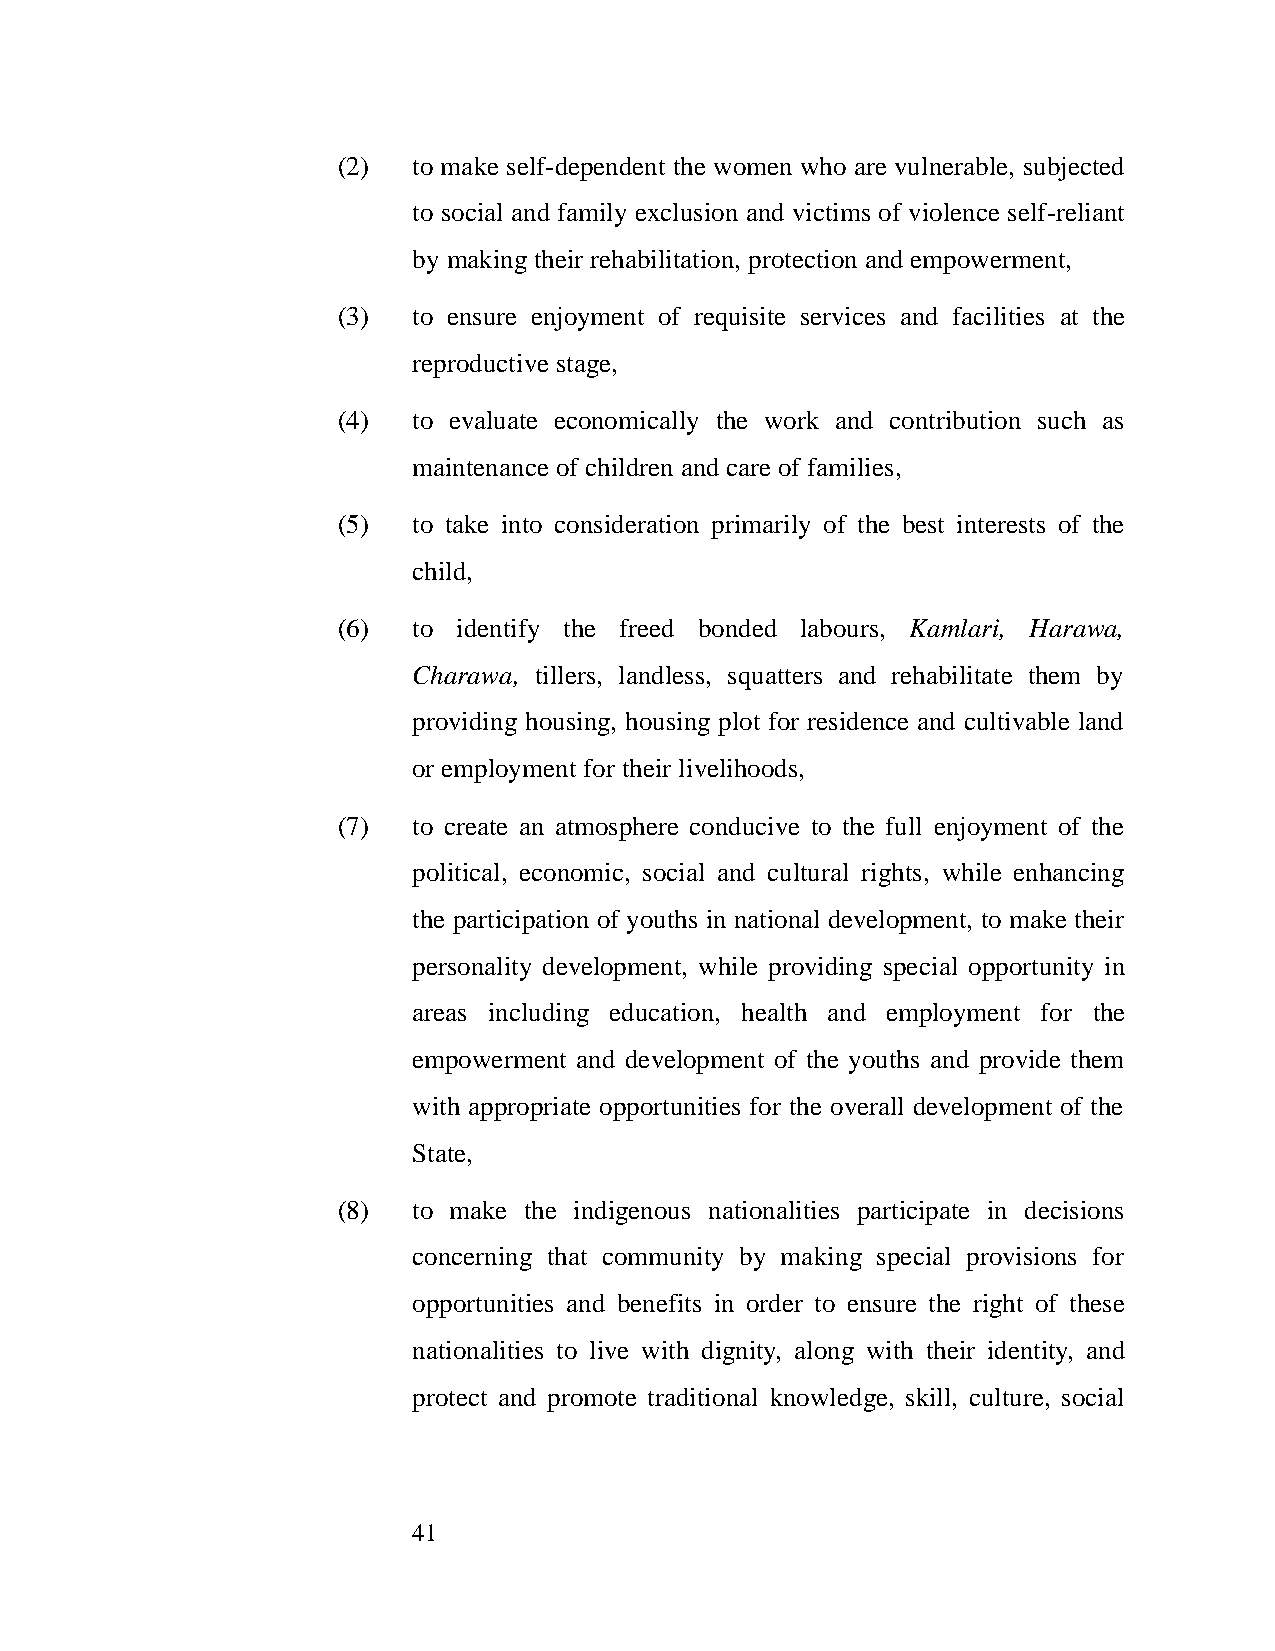
(2)  to make self-dependent the women who are vulnerable, subjected
 to social and family exclusion and victims of violence self-reliant
 by making their rehabilitation, protection and empowerment,
 (3)  to ensure enjoyment of requisite services and facilities at the
 reproductive stage,
 (4)  to evaluate economically the work and contribution such as
 maintenance of children and care of families,
 (5)  to take into consideration primarily of the best interests of the
 child,
 (6)  to identify the freed bonded labours, Kamlari, Harawa,
 Charawa, tillers, landless, squatters and rehabilitate them by
 providing housing, housing plot for residence and cultivable land
 or employment for their livelihoods,
 (7)  to create an atmosphere conducive to the full enjoyment of the
 political, economic, social and cultural rights, while enhancing
 the participation of youths in national development, to make their
 personality development, while providing special opportunity in
 areas including education, health and employment for the
 empowerment and development of the youths and provide them
 with appropriate opportunities for the overall development of the
 State,
 (8)  to make the indigenous nationalities participate in decisions
 concerning that community by making special provisions for
 opportunities and benefits in order to ensure the right of these
 nationalities to live with dignity, along with their identity, and
 protect and promote traditional knowledge, skill, culture, social
 41